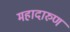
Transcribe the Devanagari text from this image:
महादारुण